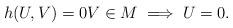
LaTeX: \begin{align*} h(U,V)=0V\in M\implies U=0.\end{align*}